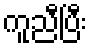
ကူညီပြီး